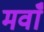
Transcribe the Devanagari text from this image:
मवाँ